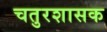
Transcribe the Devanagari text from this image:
चतुरशासक